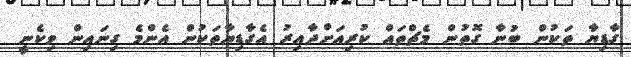
ގާޑިޔާ ތަކުން ބުނާ ގޮތުން މެޗްތައް ކުރިއަށްދާއިރު އެގާޑިޔާތަކުން އެންމެ ގިނައިން ވިކެނީ